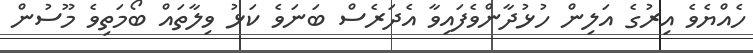
ހެއްޔެވެ އިރުގެ އަލިން ހުޅުދާންވެފައިވާ އެދަރެސް ބަނަވެ ކަޅު ވިލާތައް ބޯމަތިވެ މޫސުން